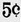
5C